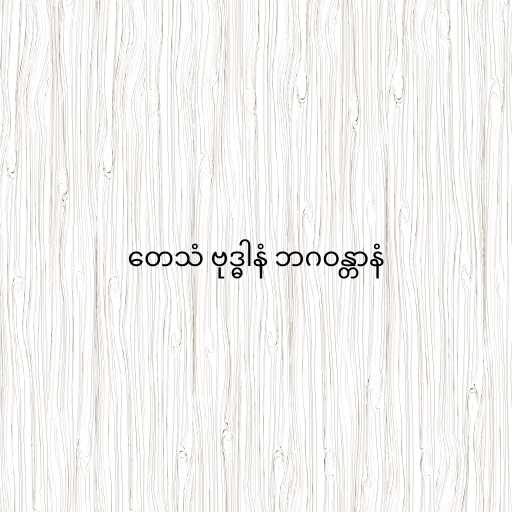
တေသံ ဗုဒ္ဓါနံ ဘဂဝန္တာနံ